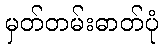
မှတ်တမ်းဓာတ်ပုံ